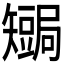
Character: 𥐏